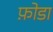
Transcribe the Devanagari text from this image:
फ़ोडा